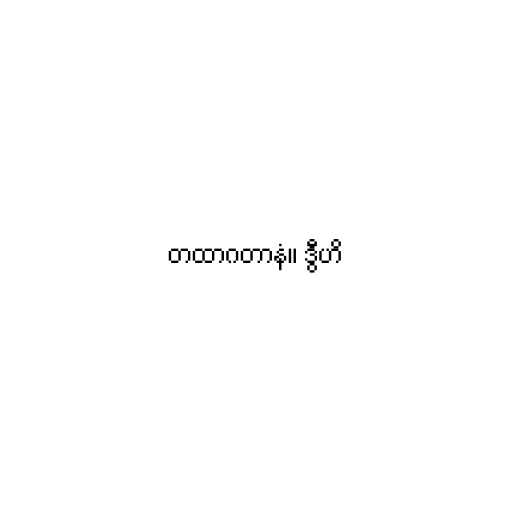
တထာဂတာနံ။ ဒွီဟိ